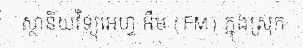
ស្ថានីយវិទ្យុអេហ្វ អឹម (FM) ក្នុងស្រុក